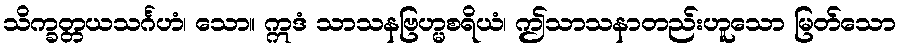
သိက္ခတ္တယသင်္ဂဟံ၊ သော။ ဣဒံ သာသနဗြဟ္မစရိယံ၊ ဤသာသနာတည်းဟူသော မြတ်သော